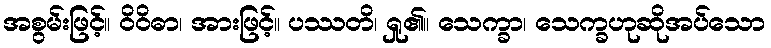
အစွမ်းဖြင့်။ ဝိဝိဓာ၊ အားဖြင့်။ ပဿတိ၊ ရှု၏။ သေက္ခာ၊ သေက္ခဟုဆိုအပ်သော